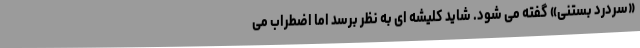
«سردرد بستنی» گفته می شود. شاید کلیشه ای به نظر برسد اما اضطراب می